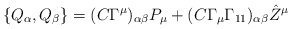
\begin{align*}\{ Q_\alpha,Q_\beta\}= (C\Gamma^\mu)_{\alpha\beta}P_\mu + (C\Gamma_\mu\Gamma_{11})_{\alpha\beta}{\hat Z}^\mu \end{align*}